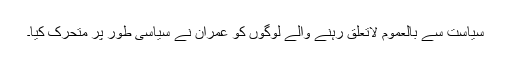
سیاست سے بالعموم لاتعلق رہنے والے لوگوں کو عمران نے سیاسی طور پر متحرک کیا۔